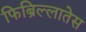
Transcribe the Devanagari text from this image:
फिब्रिल्लातेस